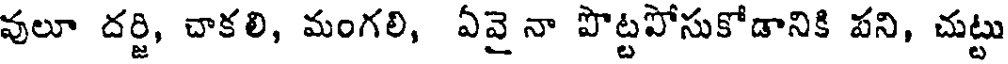
వులూ దర్జి, చాకలి, మంగలి, ఏవై నా పొట్టపోసుకోడానికి పని, చుట్టు